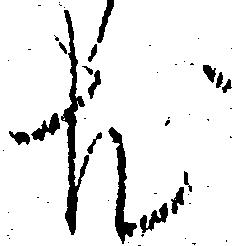
尤